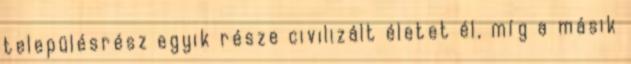
településrész egyik része civilizált életet él, míg a másik